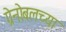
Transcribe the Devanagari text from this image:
ग्रेनोबलच्या